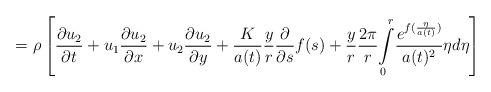
LaTeX: \begin{align*}=\rho\left[ \frac{\partial u_{2}}{\partial t}+u_{1}\frac{\partial u_{2}}{\partial x}+u_{2}\frac{\partial u_{2}}{\partial y}+\frac{K}{a(t)}\frac{y}{r}\frac{\partial}{\partial s}f(s)+\frac{y}{r}\frac{2\pi}{r}{\displaystyle\int\limits_{0}^{r}}\frac{e^{f(\frac{\eta}{a(t)})}}{a(t)^{2}}\eta d\eta\right]\end{align*}